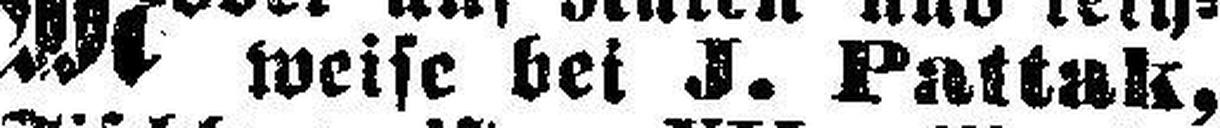
weise bei J. Pattak,